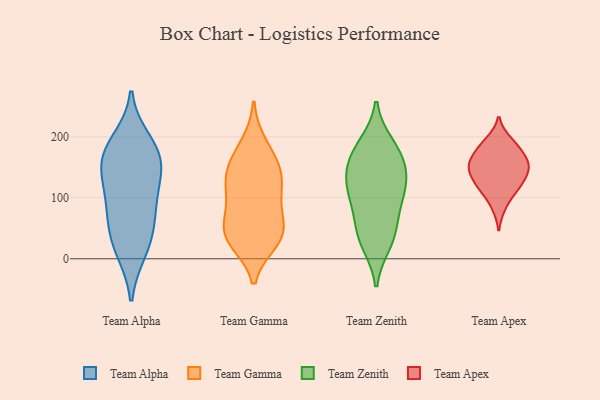
{"axis": {"x": "Conversion Rate (%)", "y": "Value"}, "legend": ["Team Alpha", "Team Apex", "Team Gamma", "Team Zenith"], "data": [{"x": "", "y": 22, "type": "Team Alpha"}, {"x": "", "y": 14, "type": "Team Alpha"}, {"x": "", "y": 172, "type": "Team Alpha"}, {"x": "", "y": 67, "type": "Team Alpha"}, {"x": "", "y": 146, "type": "Team Alpha"}, {"x": "", "y": 101, "type": "Team Alpha"}, {"x": "", "y": 192, "type": "Team Alpha"}, {"x": "", "y": 58, "type": "Team Alpha"}, {"x": "", "y": 159, "type": "Team Alpha"}, {"x": "", "y": 169, "type": "Team Alpha"}, {"x": "", "y": 113, "type": "Team Alpha"}, {"x": "", "y": 30, "type": "Team Gamma"}, {"x": "", "y": 158, "type": "Team Gamma"}, {"x": "", "y": 37, "type": "Team Gamma"}, {"x": "", "y": 91, "type": "Team Gamma"}, {"x": "", "y": 44, "type": "Team Gamma"}, {"x": "", "y": 136, "type": "Team Gamma"}, {"x": "", "y": 187, "type": "Team Gamma"}, {"x": "", "y": 121, "type": "Team Gamma"}, {"x": "", "y": 43, "type": "Team Gamma"}, {"x": "", "y": 150, "type": "Team Gamma"}, {"x": "", "y": 49, "type": "Team Gamma"}, {"x": "", "y": 107, "type": "Team Gamma"}, {"x": "", "y": 173, "type": "Team Zenith"}, {"x": "", "y": 95, "type": "Team Zenith"}, {"x": "", "y": 167, "type": "Team Zenith"}, {"x": "", "y": 27, "type": "Team Zenith"}, {"x": "", "y": 46, "type": "Team Zenith"}, {"x": "", "y": 185, "type": "Team Zenith"}, {"x": "", "y": 107, "type": "Team Zenith"}, {"x": "", "y": 110, "type": "Team Zenith"}, {"x": "", "y": 142, "type": "Team Zenith"}, {"x": "", "y": 134, "type": "Team Zenith"}, {"x": "", "y": 42, "type": "Team Zenith"}, {"x": "", "y": 116, "type": "Team Apex"}, {"x": "", "y": 139, "type": "Team Apex"}, {"x": "", "y": 158, "type": "Team Apex"}, {"x": "", "y": 116, "type": "Team Apex"}, {"x": "", "y": 153, "type": "Team Apex"}, {"x": "", "y": 122, "type": "Team Apex"}, {"x": "", "y": 159, "type": "Team Apex"}, {"x": "", "y": 193, "type": "Team Apex"}, {"x": "", "y": 186, "type": "Team Apex"}, {"x": "", "y": 157, "type": "Team Apex"}, {"x": "", "y": 180, "type": "Team Apex"}, {"x": "", "y": 140, "type": "Team Apex"}, {"x": "", "y": 86, "type": "Team Apex"}]}